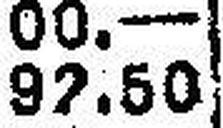
92.50